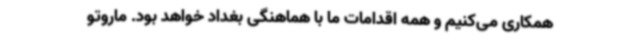
همکاری می‌کنیم و همه اقدامات ما با هماهنگی بغداد خواهد بود. ماروتو